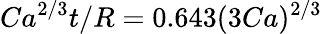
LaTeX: Ca^{2/3}t/R=0.643(3Ca)^{2/3}